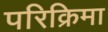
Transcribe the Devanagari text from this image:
परिक्रिमा